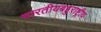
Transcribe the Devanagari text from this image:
भारतीयबहुराष्ट्रीय